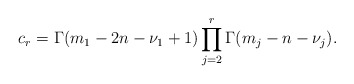
\begin{align*} c_{r} = \Gamma(m_1-2n-\nu_1+1) \prod_{j=2}^r \Gamma(m_j-n-\nu_j).\end{align*}